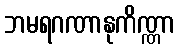
ဘမရဂဏာနုကိဏ္ဏာ